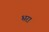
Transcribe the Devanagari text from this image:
भ्‍ारा